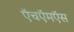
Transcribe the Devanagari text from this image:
ऍचऍमऍस